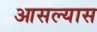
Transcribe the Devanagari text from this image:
आसल्यास